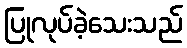
ပြုလုပ်ခဲ့သေးသည်